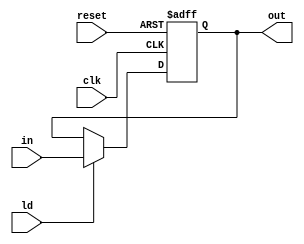
`timescale 1ns / 1ps
//////////////////////////////////////////////////////////////////////////////////
// Company: 
// Engineer: 
// 
// Design Name: 
// Module Name: pipo5
// Project Name: 
// Target Devices: 
// Tool Versions: 
// Description: 
// 
// Dependencies: 
// 
// Revision:
// Revision 0.01 - File Created
// Additional Comments:
// 
//////////////////////////////////////////////////////////////////////////////////


module pipo5(output reg [22:0] out, input [22:0] in, input ld,clk,reset);
always @(posedge clk,posedge reset)
begin
    if(reset)
        out <= 0;
    else if(ld)
        out <= in;       
end
endmodule